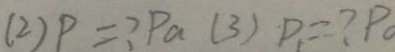
( 2 ) P = ? P a ( 3 ) D _ { 1 } = ? P